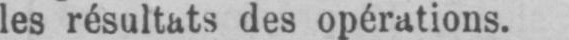
les résultats des opérations.